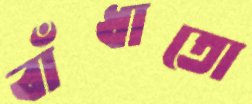
বাঁধাতো